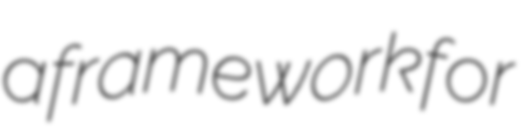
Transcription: a framework for